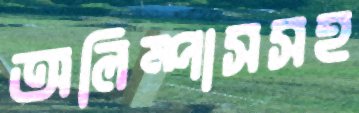
অলিম্পাসসহ